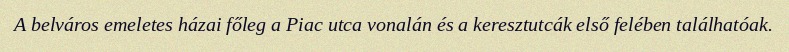
A belváros emeletes házai főleg a Piac utca vonalán és a keresztutcák első felében találhatóak.